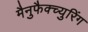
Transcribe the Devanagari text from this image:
मैनुफैक्च्युरिंग